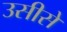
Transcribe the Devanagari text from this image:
उसीसे